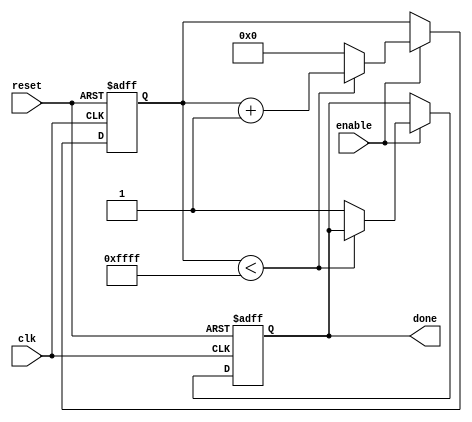
module countdown_timer (
    input wire clk,
    input wire reset,
    input wire enable,
    output reg done
);

reg [15:0] counter;
parameter COUNT_VALUE = 65535; // Predefined countdown value

always @(posedge clk or posedge reset) begin
    if (reset) begin
        counter <= 0;
        done <= 0;
    end else if (enable) begin
        if (counter < COUNT_VALUE) begin
            counter <= counter + 1;
        end else begin
            counter <= 0;
            done <= 1;
        end
    end
end

endmodule